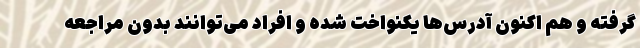
گرفته و هم اکنون آدرس‌ها یکنواخت شده و افراد می‌توانند بدون مراجعه